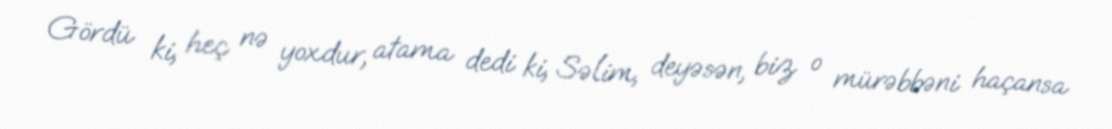
Gördü ki, heç nə yoxdur, atama dedi ki, Səlim, deyəsən, biz o mürəbbəni haçansa